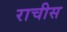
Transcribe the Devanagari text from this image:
राचीस